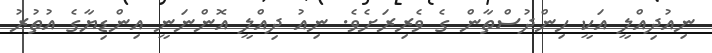
ނިއުދިއްލީ އަކީ ހިންދުސްތާން ގެ ވެރިރަށެވެ. ނިއު ދިއްލީ އޮންނަނީ އިންޑިޔާގެ އުތުރު